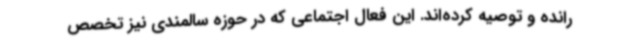
رانده و توصیه کرده‌اند. این فعال اجتماعی که در حوزه سالمندی نیز تخصص